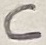
Text: C